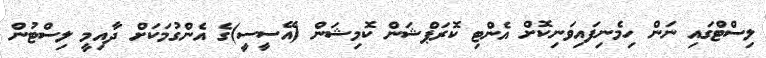
ލިސްޓްގައި ނަން ހިމެނިފައިވަނިކޮށް އެންޓި ކޮރަޕްޝަން ކޮމިޝަން (އޭސީސީ)ގެ އެންގުމަކަށް ދާއިމީ ލިސްޓުން